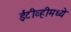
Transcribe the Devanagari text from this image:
ईटीव्हीमध्ये